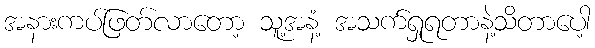
အနားကပ်ဖြတ်လာတော့ သူ့အနံ့ အသက်ရှုရတာနဲ့သိတာပေါ့